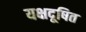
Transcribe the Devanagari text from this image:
यक्षदूषित